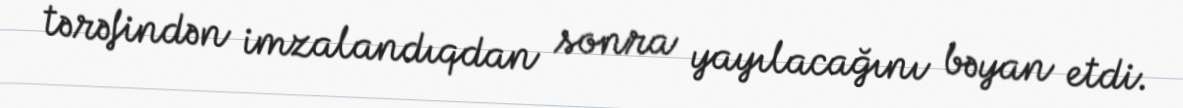
tərəfindən imzalandıqdan sonra yayılacağını bəyan etdi.